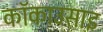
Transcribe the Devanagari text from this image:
कॉकाउसाइ